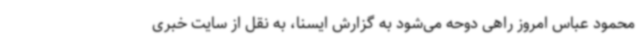
محمود عباس امروز راهی دوحه می‌شود به گزارش ایسنا، به نقل از سایت خبری